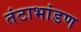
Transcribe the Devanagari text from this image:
तंटाभांडण